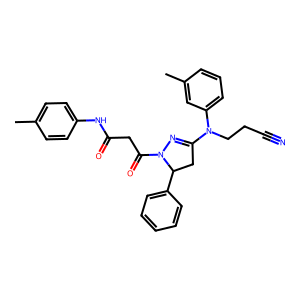
SMILES: Cc1ccc(NC(=O)CC(=O)N2N=C(N(CCC#N)c3cccc(C)c3)CC2c2ccccc2)cc1
Inhibits HIV replication: No